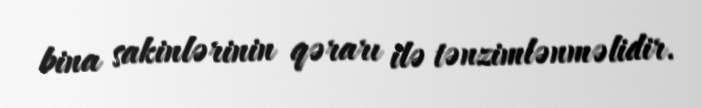
bina sakinlərinin qərarı ilə tənzimlənməlidir.